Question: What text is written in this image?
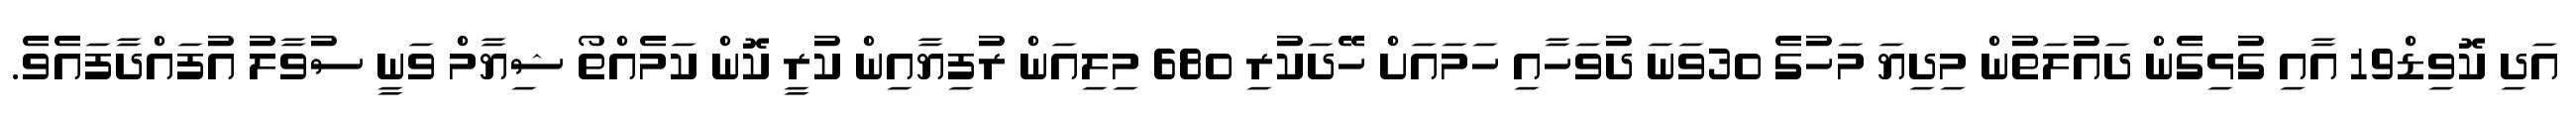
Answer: އަދި ކޮވިޑް19 އާއި ގުޅިގެން ދައުލަތުން މިދިޔަ މަހުގެ 30ވަނަ ދުވަހާއި ހަމައަށް ހޭދަކުރި 680 މިލިއަން ރުފިޔާއިން ކުރީ ކޮން ކަމެއްތޯ ޝިޔާމް ވަނީ ސުވާލު އުފައްދާފައެވެ.